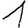
Digit: 1